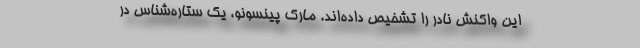
این واکنش نادر را تشخیص داده‌اند. مارک پینسونو، یک ستاره‌شناس در